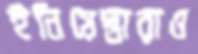
ইনিয়েস্তারাও